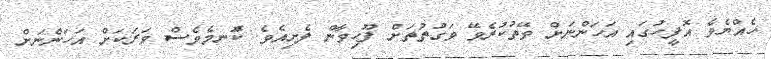
ހެއްޔެވެ އޮފީހުގައި އަހަންނަށް ވޭތުކުރެވޭ ވަގުތުތަށް ފޫހިވާން ފެށިއެވެ. ކޮްނމެވެސް ވަރަކަށް އަހަންނަށް